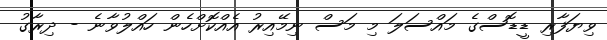
ވިޔަފާރި ޑީޑޮސްގެ މައްސަލަ މި މަސް ނިމޭއިރު އެއްކޮށްހެން ހައްލުވާނެ - ދިރާގު